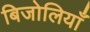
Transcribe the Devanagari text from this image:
बिजोलियाँ